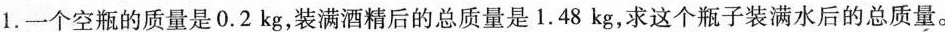
1.一个空瓶的质量是0.2kg，装满酒精后的总质量是1.48kg，求这个瓶子装满水后的总质量。